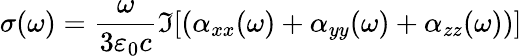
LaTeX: \sigma(\omega)=\frac{\omega}{3\varepsilon_{0}c}\Im[(\alpha_{xx}(\omega)+\alpha_{yy}(\omega)+\alpha_{zz}(\omega))]